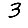
Digit: 3